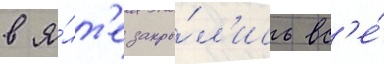
в я́лт'е закры́л'ись вс'е́